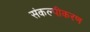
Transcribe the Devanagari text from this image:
संकल्पीकरण